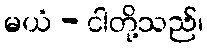
မယံ - ငါတို့သည်၊